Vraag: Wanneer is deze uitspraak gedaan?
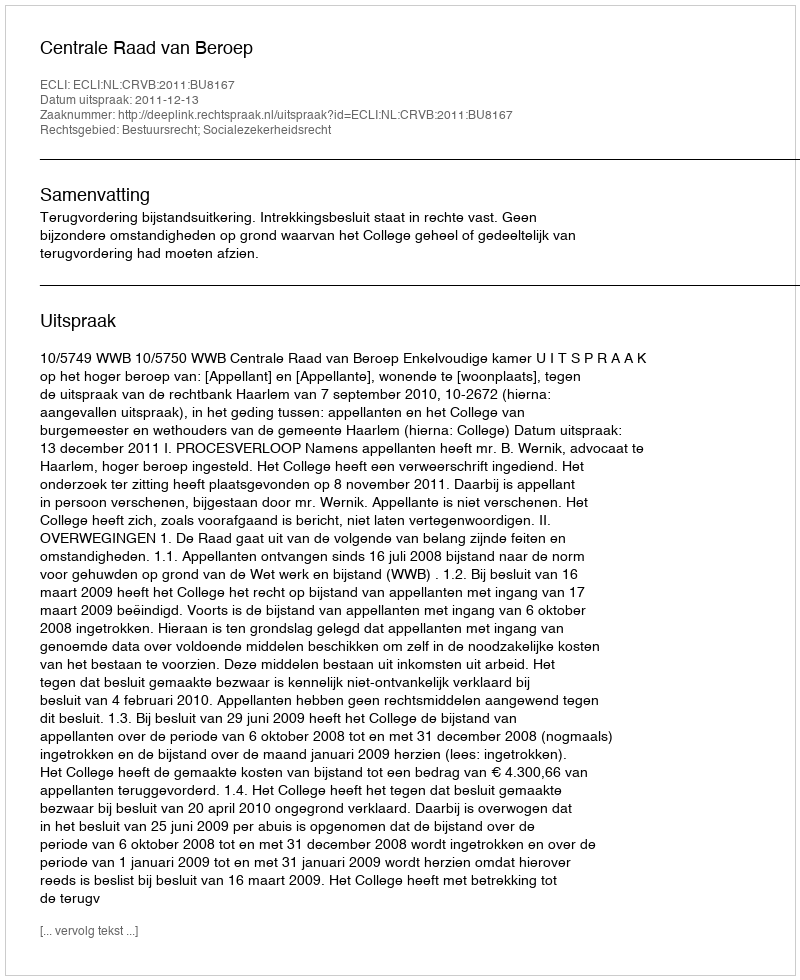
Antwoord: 2011-12-13